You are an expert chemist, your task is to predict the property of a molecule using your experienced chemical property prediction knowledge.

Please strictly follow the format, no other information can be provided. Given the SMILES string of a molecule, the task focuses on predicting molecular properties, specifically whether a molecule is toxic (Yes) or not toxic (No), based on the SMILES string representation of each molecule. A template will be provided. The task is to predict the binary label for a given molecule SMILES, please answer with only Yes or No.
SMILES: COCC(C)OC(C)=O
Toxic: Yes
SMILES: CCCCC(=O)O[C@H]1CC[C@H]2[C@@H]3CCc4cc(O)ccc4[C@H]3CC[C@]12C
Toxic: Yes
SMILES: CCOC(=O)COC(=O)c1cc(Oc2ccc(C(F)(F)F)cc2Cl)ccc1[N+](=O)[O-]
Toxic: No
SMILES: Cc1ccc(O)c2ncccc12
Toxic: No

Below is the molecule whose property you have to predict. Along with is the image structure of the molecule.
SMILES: CSc1ccc(Oc2ccc(S(N)(=O)=O)cc2CN(C)C)cc1C
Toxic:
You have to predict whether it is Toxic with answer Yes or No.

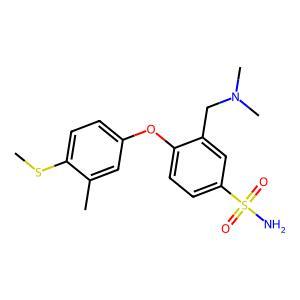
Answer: No